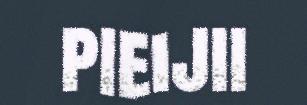
pieijii